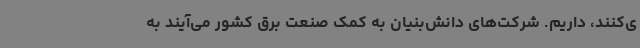
ی‌کنند، داریم. شرکت‌های دانش‌بنیان به کمک صنعت برق کشور می‌آیند به